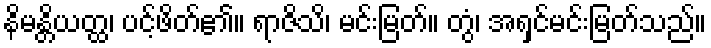
နိမန္တိယတ္ထ၊ ပင့်ဖိတ်၏။ ရာဇိသိ၊ မင်းမြတ်။ တွံ၊ အရှင်မင်းမြတ်သည်။